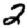
Digit: 2